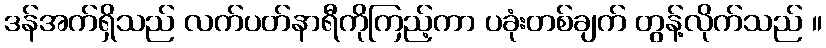
ဒန်အက်ရှိသည် လက်ပတ်နာရီကိုကြည့်ကာ ပခုံးတစ်ချက် တွန့်လိုက်သည် ။